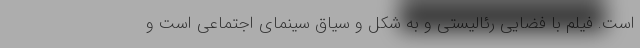
است. فیلم با فضایی رئالیستی و به شکل و سیاق سینمای اجتماعی است و